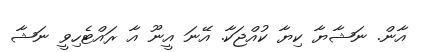
އާން. ނަޝާޔާ ކިޔާ ކުއްޖަކާ. އޭނަ އީނޫ އާ ރައްޓެހިވީ ނަޝާ